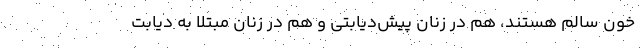
خون سالم هستند، هم در زنان پیش‌دیابتی و هم در زنان مبتلا به دیابت